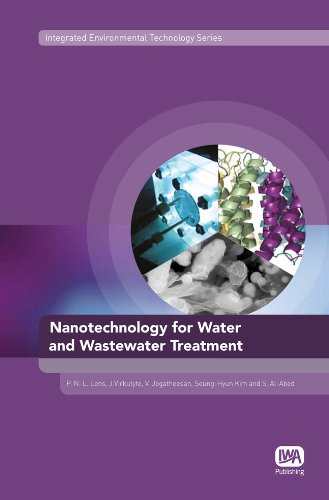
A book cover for Nanotechnology for Water and Wastewater Treatment (Integrated Environmental Technology); Science & Math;